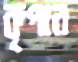
কৃপার